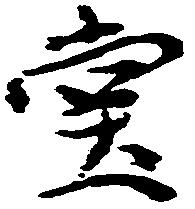
堂